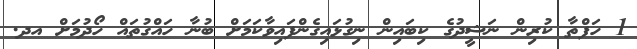
1 ހަފްތާ ކުރިން ނަޝީދުގެ ކިބައިން ނިގުޅައިގެންފައިވާކަމަށް ބުނާ ހައްގުތައް ހޯދުމަށް އދ.